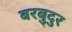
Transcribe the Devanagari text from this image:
बरबुदुर